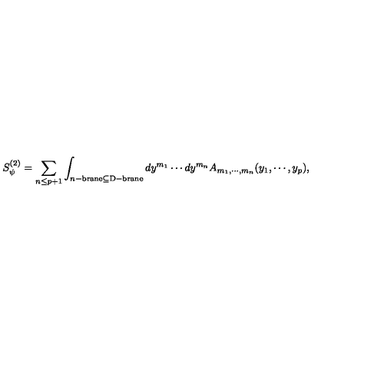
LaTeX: S _ { \psi } ^ { ( 2 ) } = \sum _ { n \leq p + 1 } \int _ { n \mathrm { \tiny - b r a n e } \subseteq \mathrm { \tiny D - b r a n e } } d y ^ { m _ { 1 } } \cdots d y ^ { m _ { n } } A _ { m _ { 1 } , \cdots , m _ { n } } ( y _ { 1 } , \cdots , y _ { p } ) ,